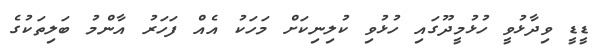
ޑީޑީ ވިދާޅުވީ ހުޅުމީދޫގައި ހުޅުވި ކުލިނިކަށް މަހަކު އެއް ފަހަރު އާންމު ބަލިތަކުގެ